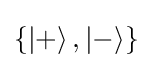
\{\left|+\right\rangle ,\left|-\right\rangle \}